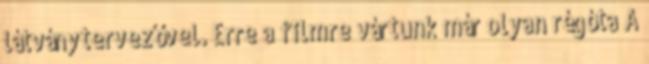
látványtervezővel. Erre a filmre vártunk már olyan régóta A